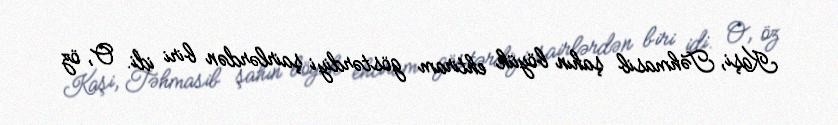
Kaşi, Təhmasib şahın böyük ehtiram göstərdiyi şairlərdən biri idi. O, öz